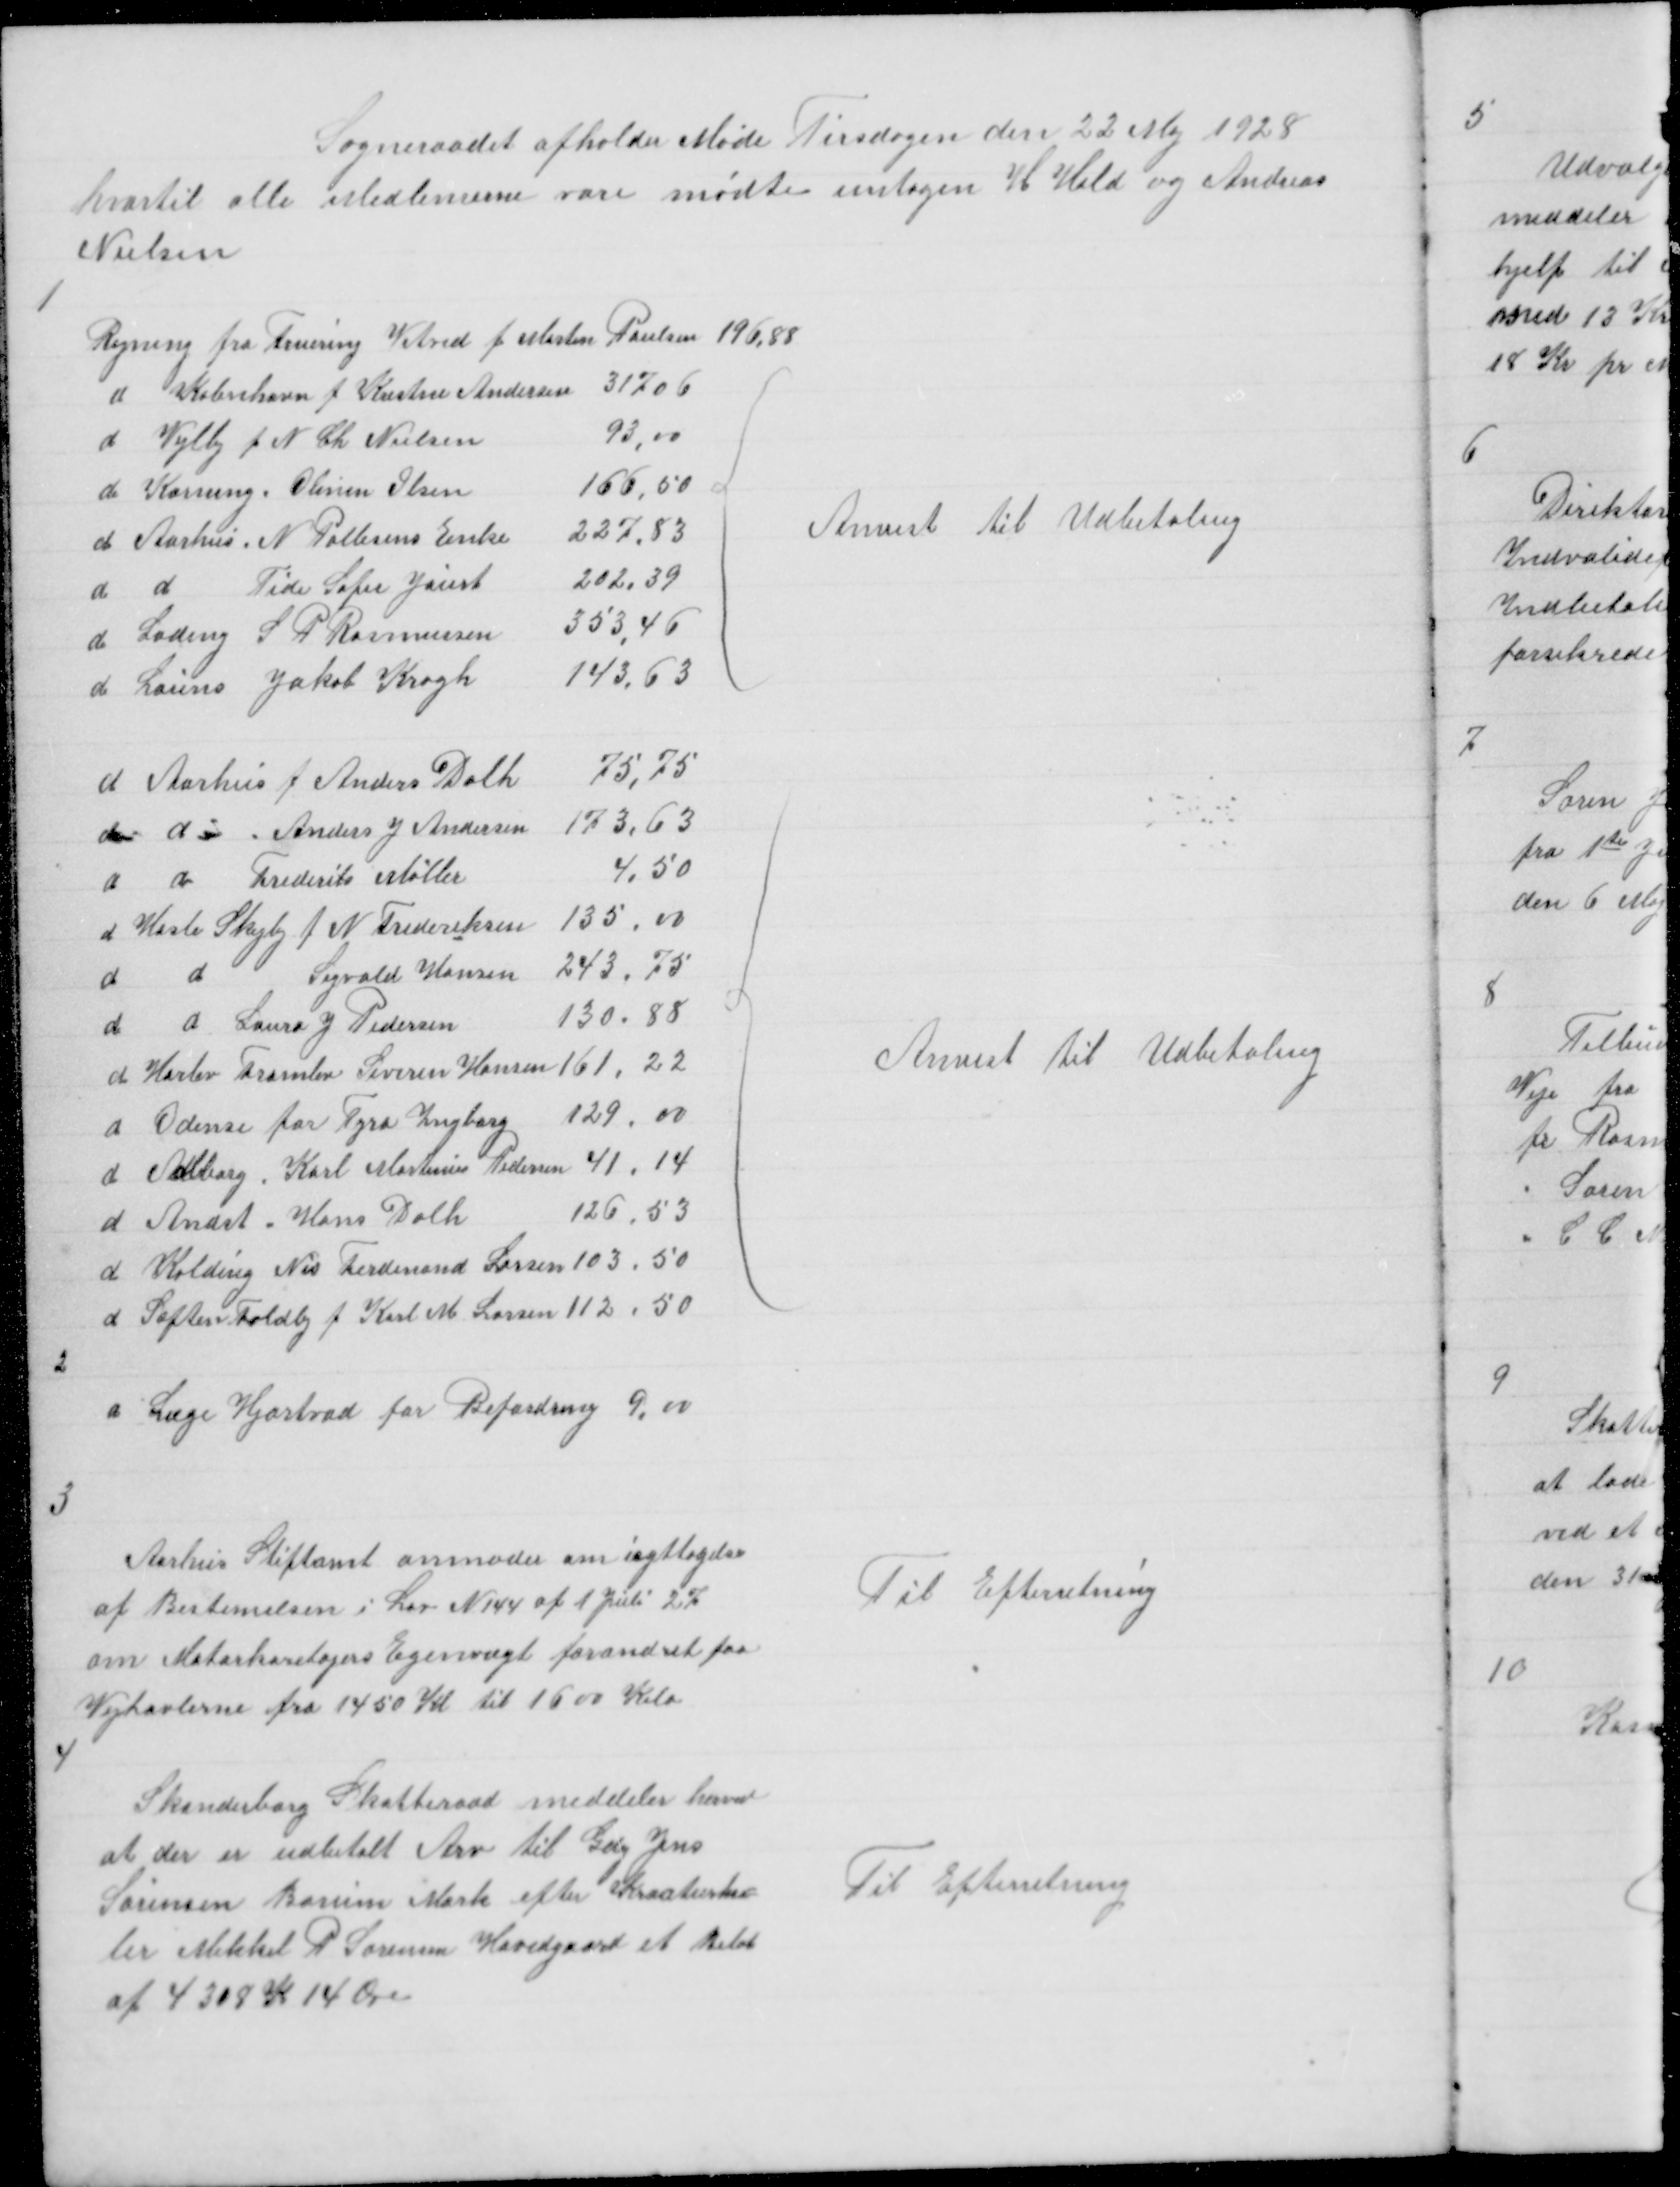
Transskription:
Sogneraadet afholder Møde Tirsdagen den 22 Maj 1928
hvortil alle Medlemerne vare mødte untagen H Hald og Andreas
Nielsen

1

Anvist til Udbetaling

Anvist til Udbetaling

2

d Læge Hjortvad for Befordring 9,00

3

Aarhus Stiftamt anmoder om Iagttagelse
af Bestemelsen i Lov N 144 af 1 Juli 27
om Motorkøretøjers Egenvægt forandret paa
Vejtavlerne fra 1450 Kl til 1600 Kilo

Til Efterretning

4

Skanderborg Skatteraad meddeler herved
at der er udbetalt Arv til Gdej Jens
Sørensen Borum Mark efter Kreaturhan
ler Mikkel P Sørensen Hovedgaard et Beløb
af 4308 K 14 Øre

Til Efterretning